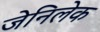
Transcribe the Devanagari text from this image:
जेनिलेक